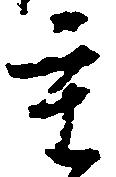
重